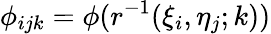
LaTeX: \phi_{ijk}=\phi(r^{-1}(\xi_{i},\eta_{j};k))